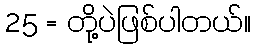
25 = တို့ပဲဖြစ်ပါတယ်။